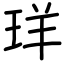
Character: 珜